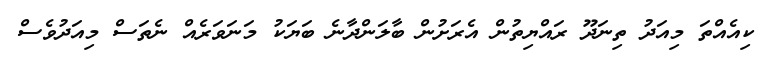
ކިއެއްތަ މިއަދު ތިނަދޫ ރައްޔިތުން އެރަށުން ބާލަންދާނެ ބަޔަކު މަނަވަރެއް ނެތަސް މިއަދުވެސް